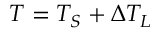
T = T _ { S } + \Delta T _ { L }